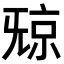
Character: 𣄴